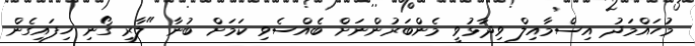
މުހައްމަދު އިސްމާއިލް ވިދާޅުވީ މެންބަރުންނަށް ބެއްސެވި ކަމަށް ބުނާ "ލާރި ގޯނި ހިފައިގެން